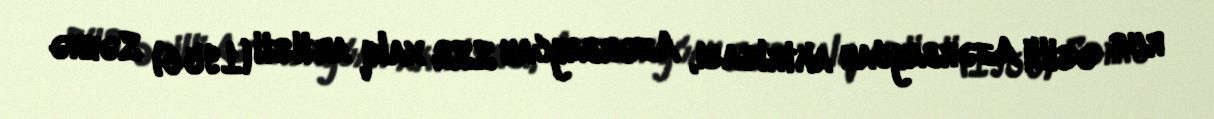
rus əsilli Azərbaycan aktrisası, Azərbaycan SSR xalq artisti (1956) Səhnə